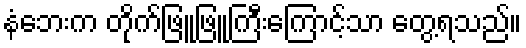
နံဘေးက တိုက်ဖြူဖြူကြီးကြောင့်သာ တွေ့ရသည်။